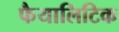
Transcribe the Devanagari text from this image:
फैयालिटिक